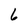
Character: 6